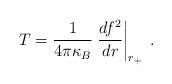
LaTeX: \begin{align*}T=\frac{1}{4\pi \kappa _{B}}\left. \frac{df^{2}}{dr}\right| _{r_{+}}\;.\end{align*}